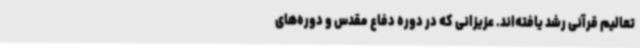
تعالیم قرآنی رشد یافته‌اند. عزیزانی که در دوره دفاع مقدس و دوره‌های